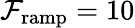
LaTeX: \mathcal{F}_{\mathrm{{ramp}}}=10